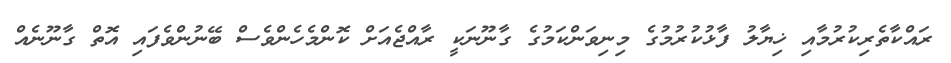
ރައްކާތެރިކުރުމާއި ޚިޔާލު ފާޅުކުރުމުގެ މިނިވަންކަމުގެ ގާނޫނަކީ ރާއްޖެއަށް ކޮންމެހެންވެސް ބޭނުންވެފައި އޮތް ގާނޫނެއް